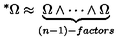
^ \ast \Omega \approx \underbrace { \Omega \wedge \cdots \wedge \Omega } _ { ( n - 1 ) - f a c t o r s }